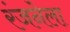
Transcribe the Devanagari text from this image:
रंजनेला